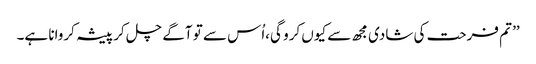
’’ تم فرحت کی شادی مجھ سے کیوں کرو گی،اُس سے تو آگے چل کر پیشہ کروانا ہے۔